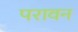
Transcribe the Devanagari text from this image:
परावन